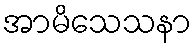
အာမိသေသနာ